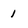
Character: 1